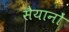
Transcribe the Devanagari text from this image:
सैयानों